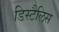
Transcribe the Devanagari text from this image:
डिस्टैलिस